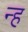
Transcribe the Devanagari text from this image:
न्ह